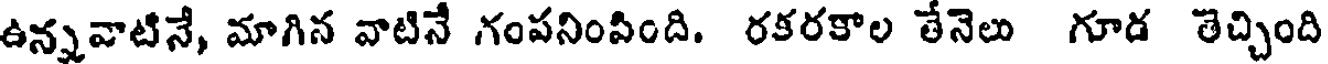
ఉన్నవాటినే, మాగిన వాటినే గంపనింపింది. రకరకాల తేనెలు గూడ తెచ్చింది